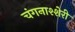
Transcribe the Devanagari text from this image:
चंगनाश्शेरी